Report on the working of the mental hospitals for Indians in Bihar and Orissa - 1925-1929
Year: 1925
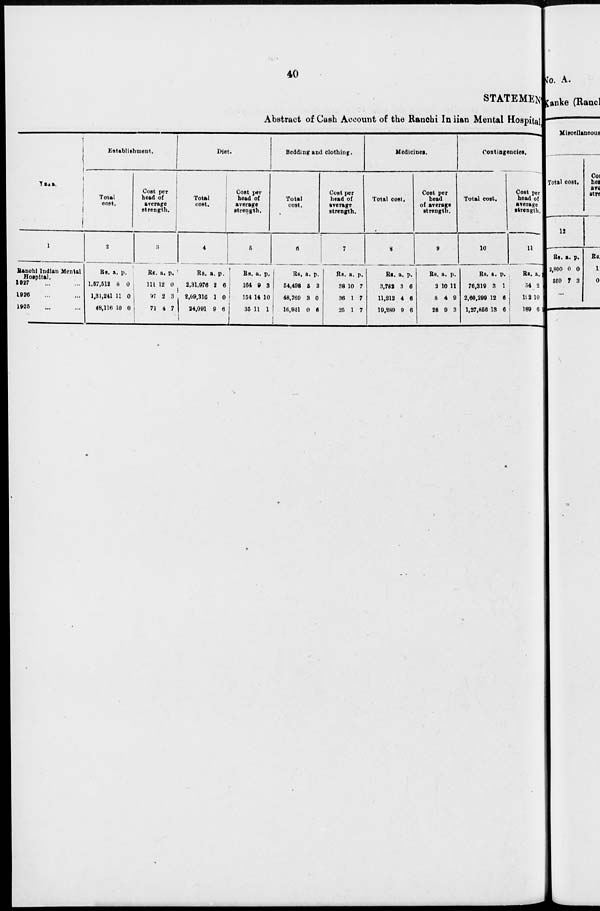
40
STATEMENT
Abstract of Cash Account of the Ranchi Indian Mental Hospitals
1
Ranchi Indian Mental
Hospital.
1927 ... ...
1926 ... ...
1925 ... ...
Establishment.
Total
cost.
2
Rs.
1,57,512
1,31,241
48,116
a.
8
11
10
p.
0
0
0
Cost per
head of
average
strength.
3
Rs.
111
97
71
a.
12
2
4
p.
0
3
7
Diet.
Total
cost.
4
Rs.
2,31,976
2,09,316
24,091
a.
2
1
9
p.
6
0
6
Cost per
head of
average
strength.
5
Rs.
164
154
35
a.
9
14
11
p.
3
10
1
Bedding and clothing.
Total
cost.
6
Rs.
54,498
48,769
16,941
a.
5
3
0
p.
3
0
6
Cost per
head of
average
strength.
7
Rs.
38
36
25
a.
10
1
1
p.
7
7
7
Medicines.
Total cost.
8
Rs.
3,782
11,212
19,289
a.
3
4
9
p.
6
6
6
Cost per
head
of average
strength.
9
Rs.
2
8
28
a.
10
4
9
p.
11
9
3
Contingencies.
Total cost.
10
Rs.
76,319
2,60,299
1,27,856
a.
3
12
13
p.
1
6
6
Cost per
head of
average
strength.
11
Rs.
54
192
189
a.
2
10
6
p.